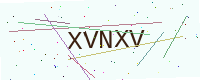
Text: XVNXV